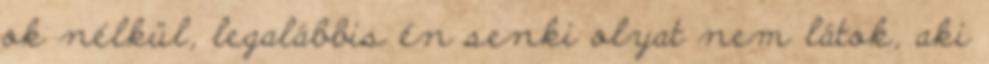
ok nélkül, legalábbis én senki olyat nem látok, aki